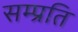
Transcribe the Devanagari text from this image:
सम्‍प्रति